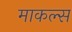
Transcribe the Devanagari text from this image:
माकल्स